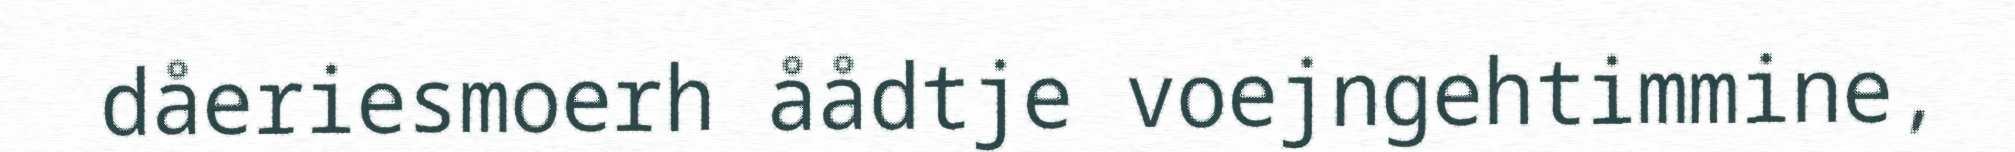
dåeriesmoerh åådtje voejngehtimmine,